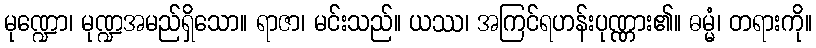
မုဏ္ဍော၊ မုဏ္ဍအမည်ရှိသော။ ရာဇာ၊ မင်းသည်။ ယဿ၊ အကြင်ရဟန်းပုဏ္ဏား၏။ ဓမ္မံ၊ တရားကို။